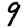
Digit: 9